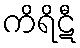
ကိရိဋီ